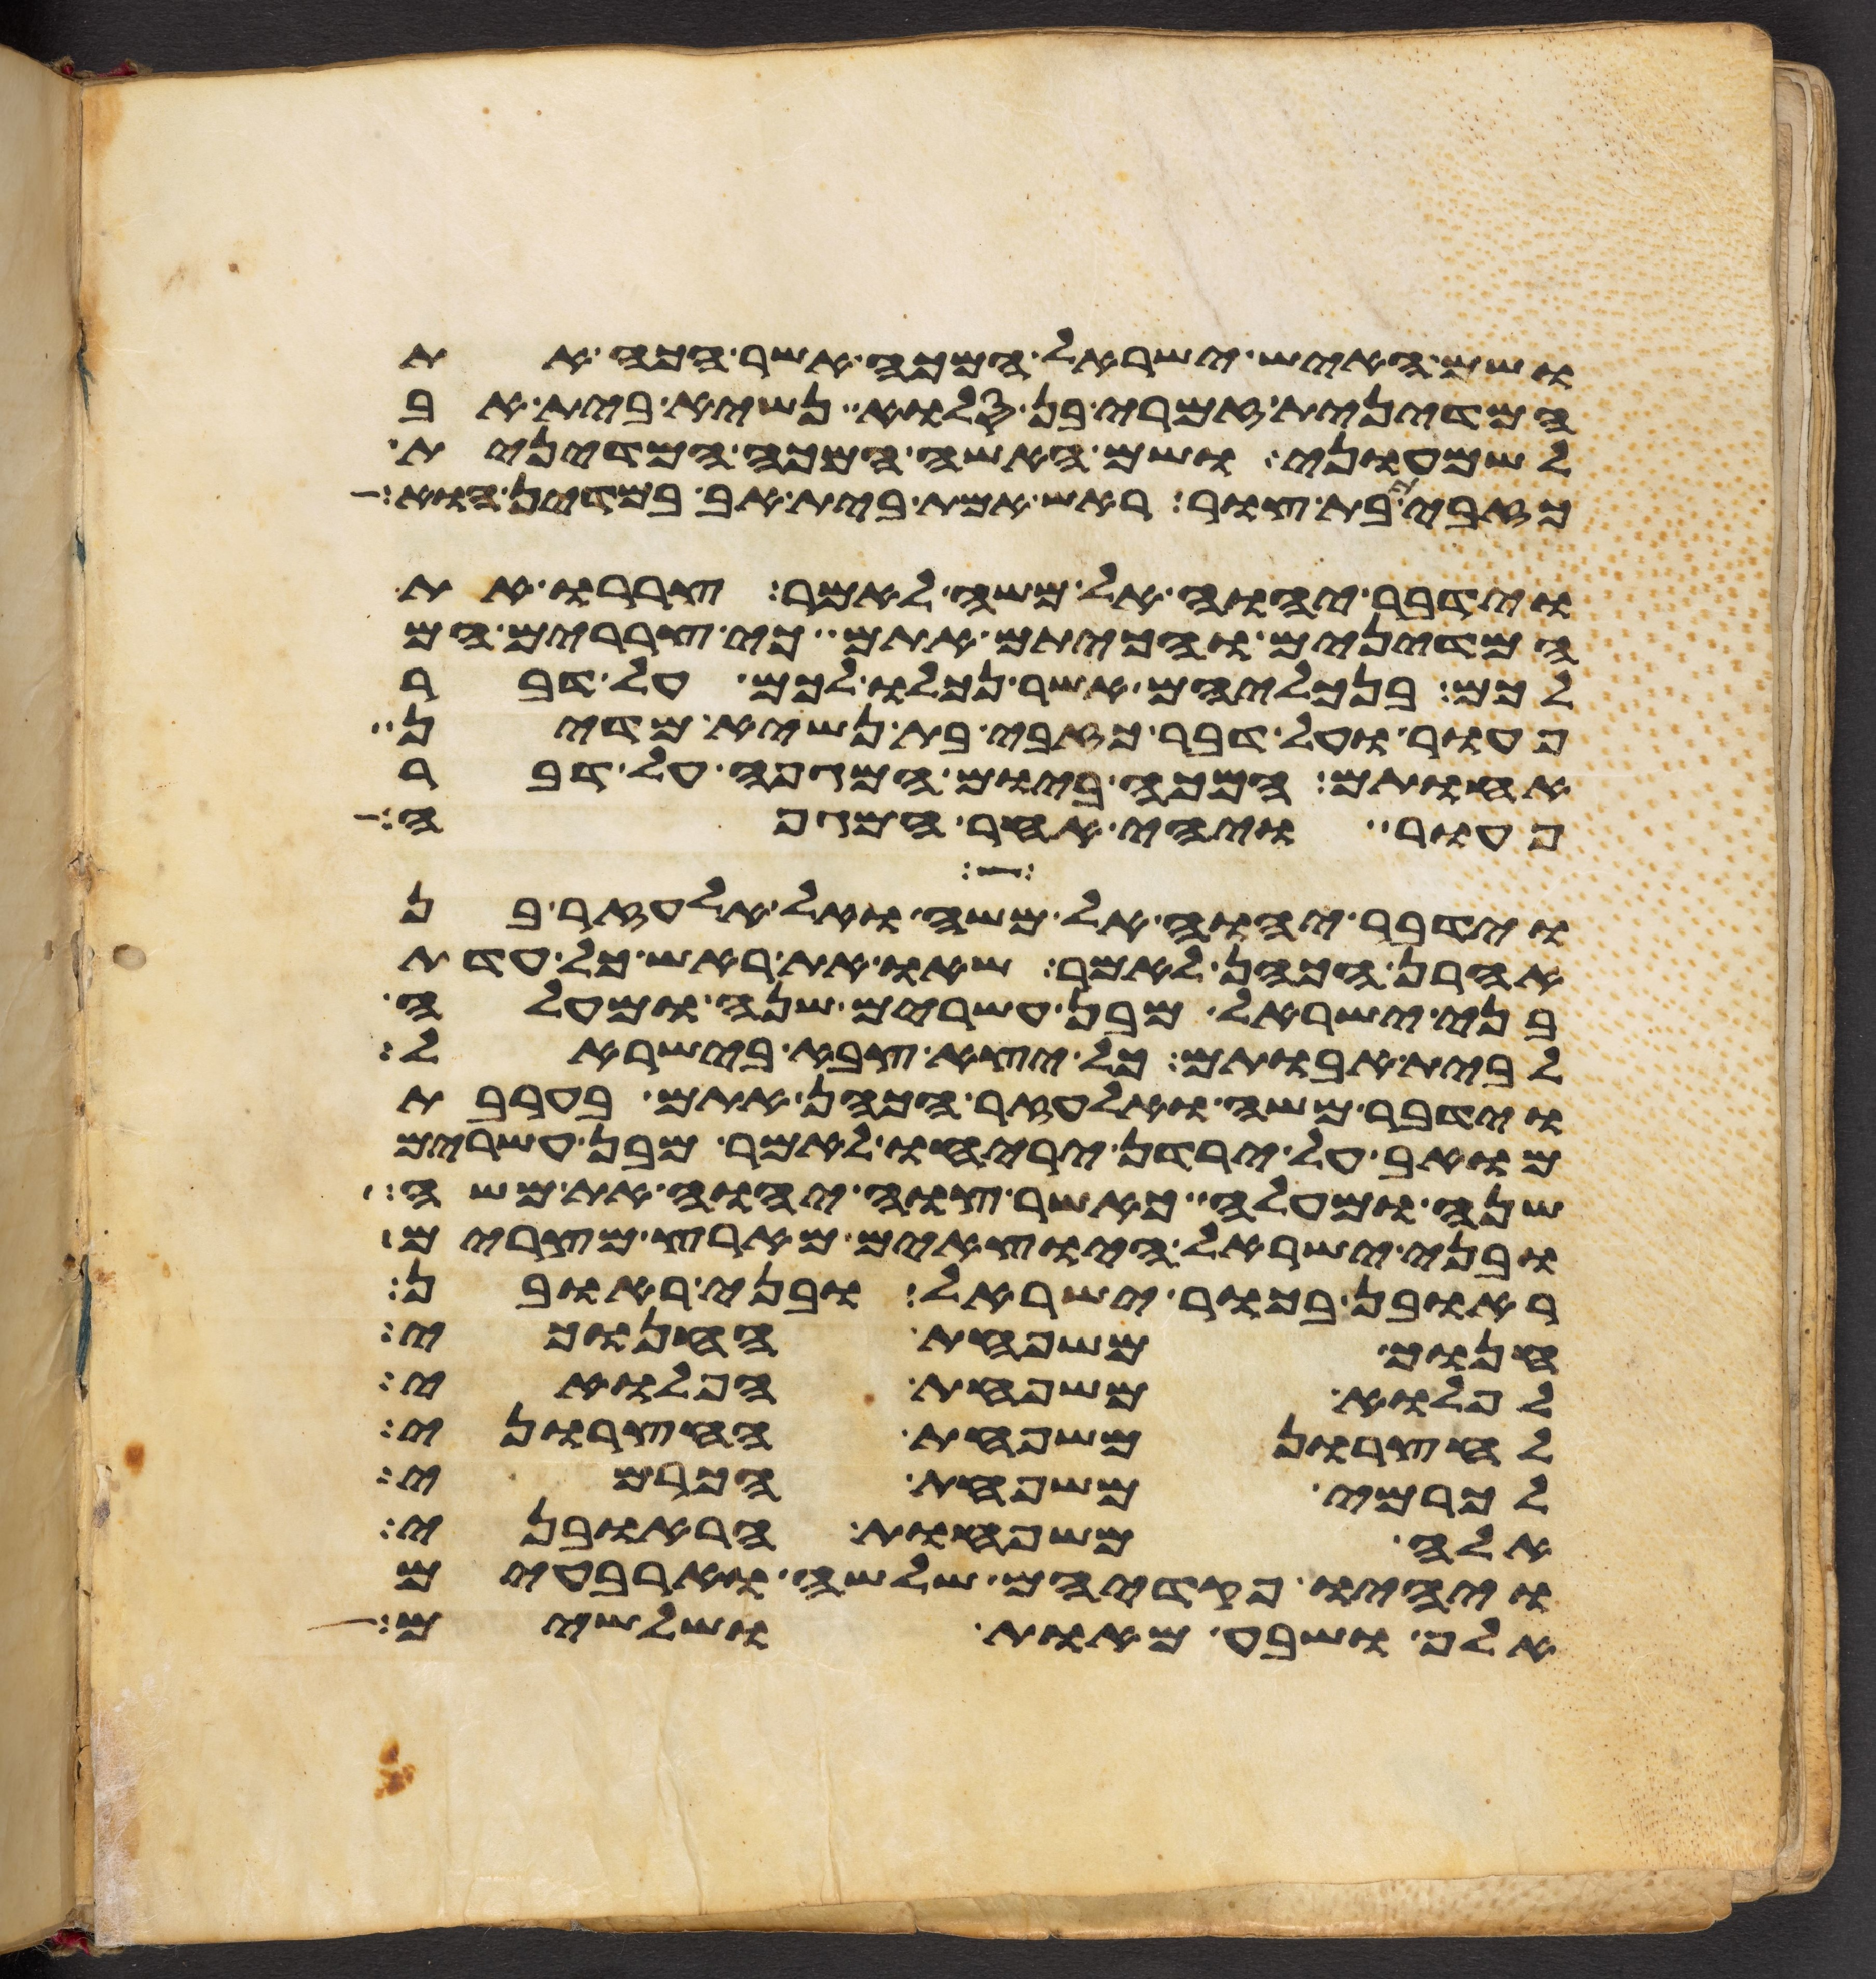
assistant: ושם האיש ישראל המכה אשר הכה את
המדינית זמרי בן סלוא נשיא בית אב
לשמעוני ושם האשה המכה המדינית
כזבית בת צור ראש אמת בית אב במדין הוא
וידבר יהוה אל משה לאמר צררו את
המדינים והכיתם אתם כי צררים הם
לכם בנכליהם אשר נכלו לכם על דבר
פעור ועל דבר כזבי בת נשיא מדין
אחותם המכה ביום המגפה על דבר
פעור ויהי אחר המגפה
וידבר יהוה אל משה ואל אלעזר בן
אהרן הכהן לאמר שאו את ראש כל עדת
בני ישראל מבן עשרים שנה ומעלה
לבית אבותם כל יצא צבא בישראל
וידבר משה ואלעזר הכהן אתם בערבת
מואב על ירדן יריחו לאמר מבן עשרים
שנה ומעלה כאשר צוה יהוה את משה
ובני ישראל היוצאים מארץ מצרים
ראובן בכור ישראל ובני ראובן
חנוך משפחת החנוכי
לפלוא משפחת הפלואי
לחצרון משפחת החצרוני
לכרמי משפחת הכרמי
אלה משפחות הראובני
ויהיו פקדיהם שלשה וארבעים
אלף ושבע מאות ושלשים